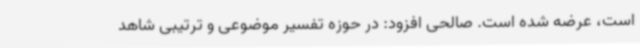
است، عرضه شده است. صالحی افزود: در حوزه تفسیر موضوعی و ترتیبی شاهد